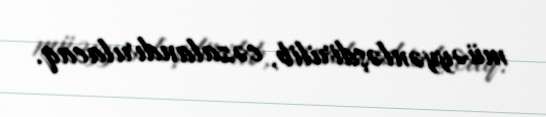
müəyyənləşdirilib, cəzalandırılacaq.